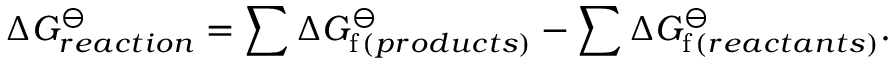
\Delta G _ { r e a c t i o n } ^ { \ominus } = \sum \Delta G _ { \mathrm { f } \, ( p r o d u c t s ) } ^ { \ominus } - \sum \Delta G _ { \mathrm { f } \, ( r e a c t a n t s ) } ^ { \ominus } .